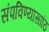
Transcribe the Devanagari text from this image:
संपविण्यासाठि